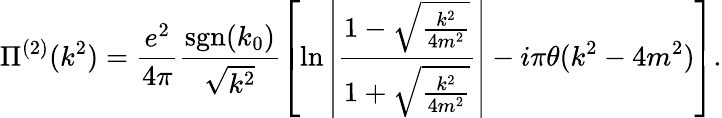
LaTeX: \Pi^{(2)}(k^{2})=\frac{e^{2}}{4\pi}\frac{\mathrm{sgn}(k_{0})}{\sqrt{k^{2}}}\left[\ln\left|\frac{1-\sqrt{\frac{k^{2}}{4m^{2}}}}{1+\sqrt{\frac{k^{2}}{4m^{2}}}}\right|-i\pi\theta(k^{2}-4m^{2})\right].